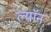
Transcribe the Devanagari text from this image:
ल्याॅन